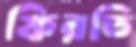
ফিরতি